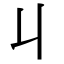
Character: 丩